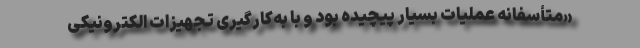
«متأسفانه عملیات بسیار پیچیده بود و با به‌کارگیری تجهیزات الکترونیکی